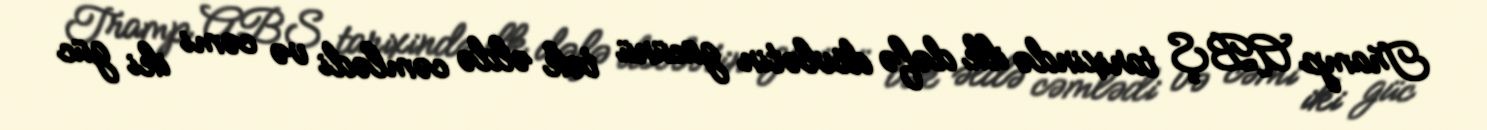
Tramp ABŞ tarixində ilk dəfə dövlətin gücünü tək əldə cəmlədi və cəmi iki güc